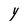
Character: Y